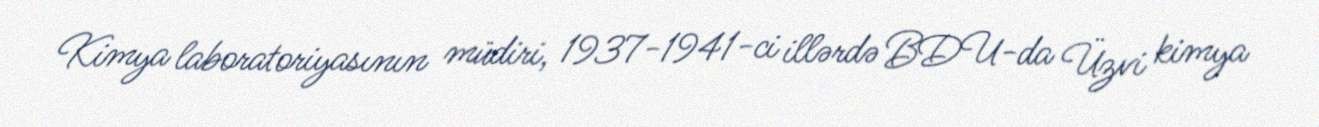
Kimya laboratoriyasının müdiri, 1937-1941-ci illərdə BDU-da Üzvi kimya